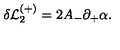
\delta { \cal L } _ { 2 } ^ { ( + ) } = 2 A _ { - } \partial _ { + } \alpha .